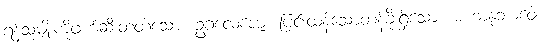
ရန်သူမျိုးကိုဖျက်ဆီးတတ်သော။ ဥဂ္ဂလေဇော၊ ပြင်းထန်သောတန်ခိုးရှိသော။ မဟာနုဘာဝေါ၊